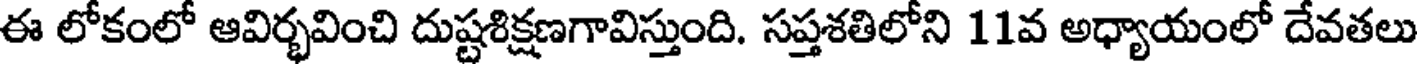
ఈ లోకంలో ఆవిర్భవించి దుష్టశిక్షణగావిస్తుంది. సప్తశతిలోని 11వ అధ్యాయంలో దేవతలు